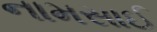
નામસાઈ